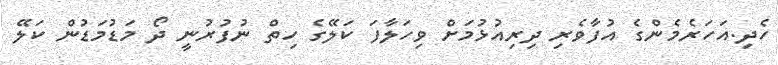
ހެދި.އަަހަރެމެންގެ އުފާވެރި ދިރިއުޅުމަށް ވިހަލާފަ ކަލޭގެ ހިތް ނުފުރުނީ ދޯ މަޑުމަޑުން ކަލޭ